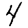
Digit: 4